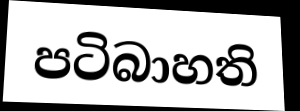
පටිබාහති